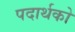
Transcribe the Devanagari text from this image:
पदार्थको